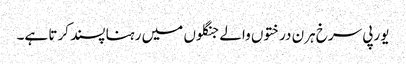
یورپی سرخ ہرن درختوں والے جنگلوں میں رہنا پسند کرتا ہے۔